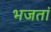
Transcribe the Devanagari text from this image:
भजतां